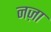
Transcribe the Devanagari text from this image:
नज़ा